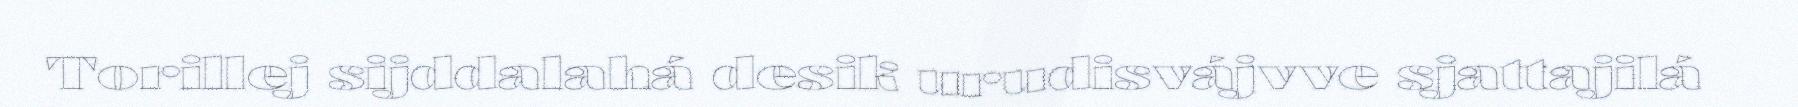
Torillej sijddalahá desik urudisvájvve sjattajilá